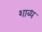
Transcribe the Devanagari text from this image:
शाब्ध